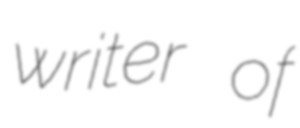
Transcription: writer of